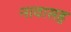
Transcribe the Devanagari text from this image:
नावासह